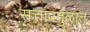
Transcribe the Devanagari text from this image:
सत्तावर्तुळात